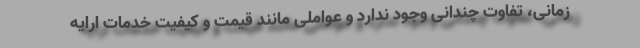
زمانی، تفاوت چندانی وجود ندارد و عواملی مانند قیمت و کیفیت خدمات ارایه